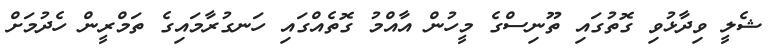
ޝެލީ ވިދާޅުވި ގޮތުގައި ތޫނިސްގެ މީހުން އާއްމު ގޮތެއްގައި ހަނގުރާމައިގެ ތަމްރީން ހެދުމަށް